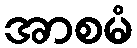
အာစမံ